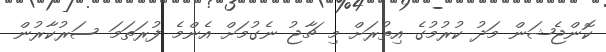
ކޮންޖެޝަން މަދު ކުރުމުގެ އިތުރަށް މި ޗާޖު ނެގުމަށް އެންމެ ފުރަތަމަ ސަރުކާރުން